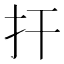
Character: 扞